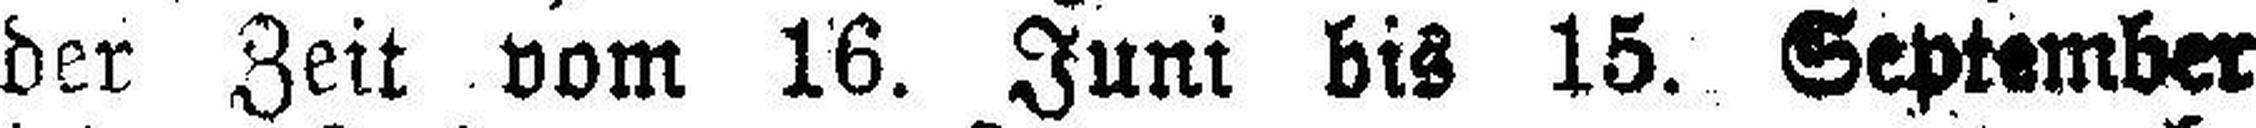
der Zeit vom 16. Juni bis 15. September